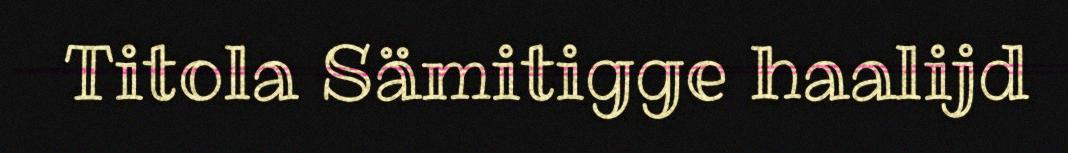
Titola Sämitigge haalijd